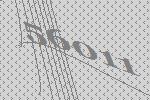
56011